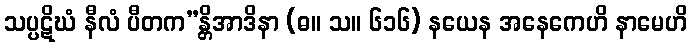
သပ္ပဋိဃံ နီလံ ပီတက”န္တိအာဒိနာ (ဓ။ သ။ ၆၁၆) နယေန အနေကေဟိ နာမေဟိ